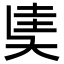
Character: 奊